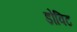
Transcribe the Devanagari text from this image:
डोविट